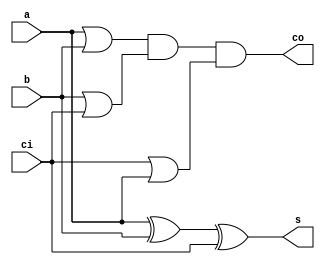
// Adder 

module adder(s, co, a, b, ci);

   output s, co;
   input  a, b, ci;
   
   wire   o0, o1, o2;
   
   xor(s, a, b, ci);
   
   or(o0, a, b);
   or(o1, b, ci);
   or(o2, ci, a);
   and(co, o0, o1, o2);
   
endmodule // adder


module adder8(s, co, of, a, b, ci);
   
   output [7:0] s;
   output 	co, of;
   input [7:0] 	a, b;
   input 	ci;
   
   wire 	c1, c2, c3, c4, c5, c6, c7;
   
   adder a0(s[0], c1, a[0], b[0], ci);
   adder a1(s[1], c2, a[1], b[1], c1);
   adder a2(s[2], c3, a[2], b[2], c2);
   adder a3(s[3], c4, a[3], b[3], c3);
   adder a4(s[4], c5, a[4], b[4], c4);
   adder a5(s[5], c6, a[5], b[5], c5);
   adder a6(s[6], c7, a[6], b[6], c6);
   adder a7(s[7], co, a[7], b[7], c7);
   
   xor(of, co, c7);
   
endmodule // adder8